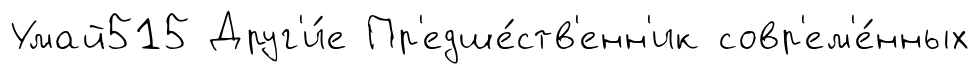
Умай515 Друг'и́е Пр'едше́ств'енн'ик совр'ем'е́нных